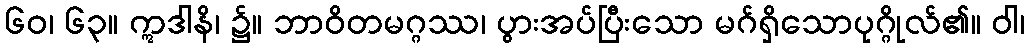
၆၀၊ ၆၃။ ဣဒါနိ၊ ၌။ ဘာဝိတမဂ္ဂဿ၊ ပွားအပ်ပြီးသော မဂ်ရှိသောပုဂ္ဂိုလ်၏။ ဝါ၊